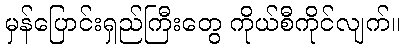
မှန်ပြောင်းရှည်ကြီးတွေ ကိုယ်စီကိုင်လျက်။